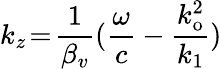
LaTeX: k_{z}\! =\! \frac{1}{\beta_{v}}(\frac{\omega}{c}-\frac{k_{\mathrm{o}}^{2}}{k_{1}})